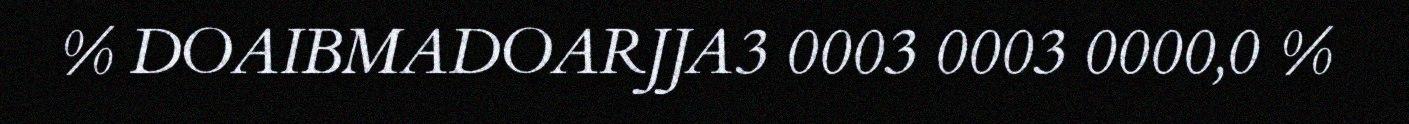
% DOAIBMADOARJJA3 0003 0003 0000,0 %